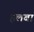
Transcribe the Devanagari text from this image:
हलबा